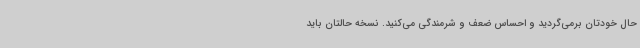
حال خودتان برمی‌گردید و احساس ضعف و شرمندگی می‌کنید. نسخه حالتان باید